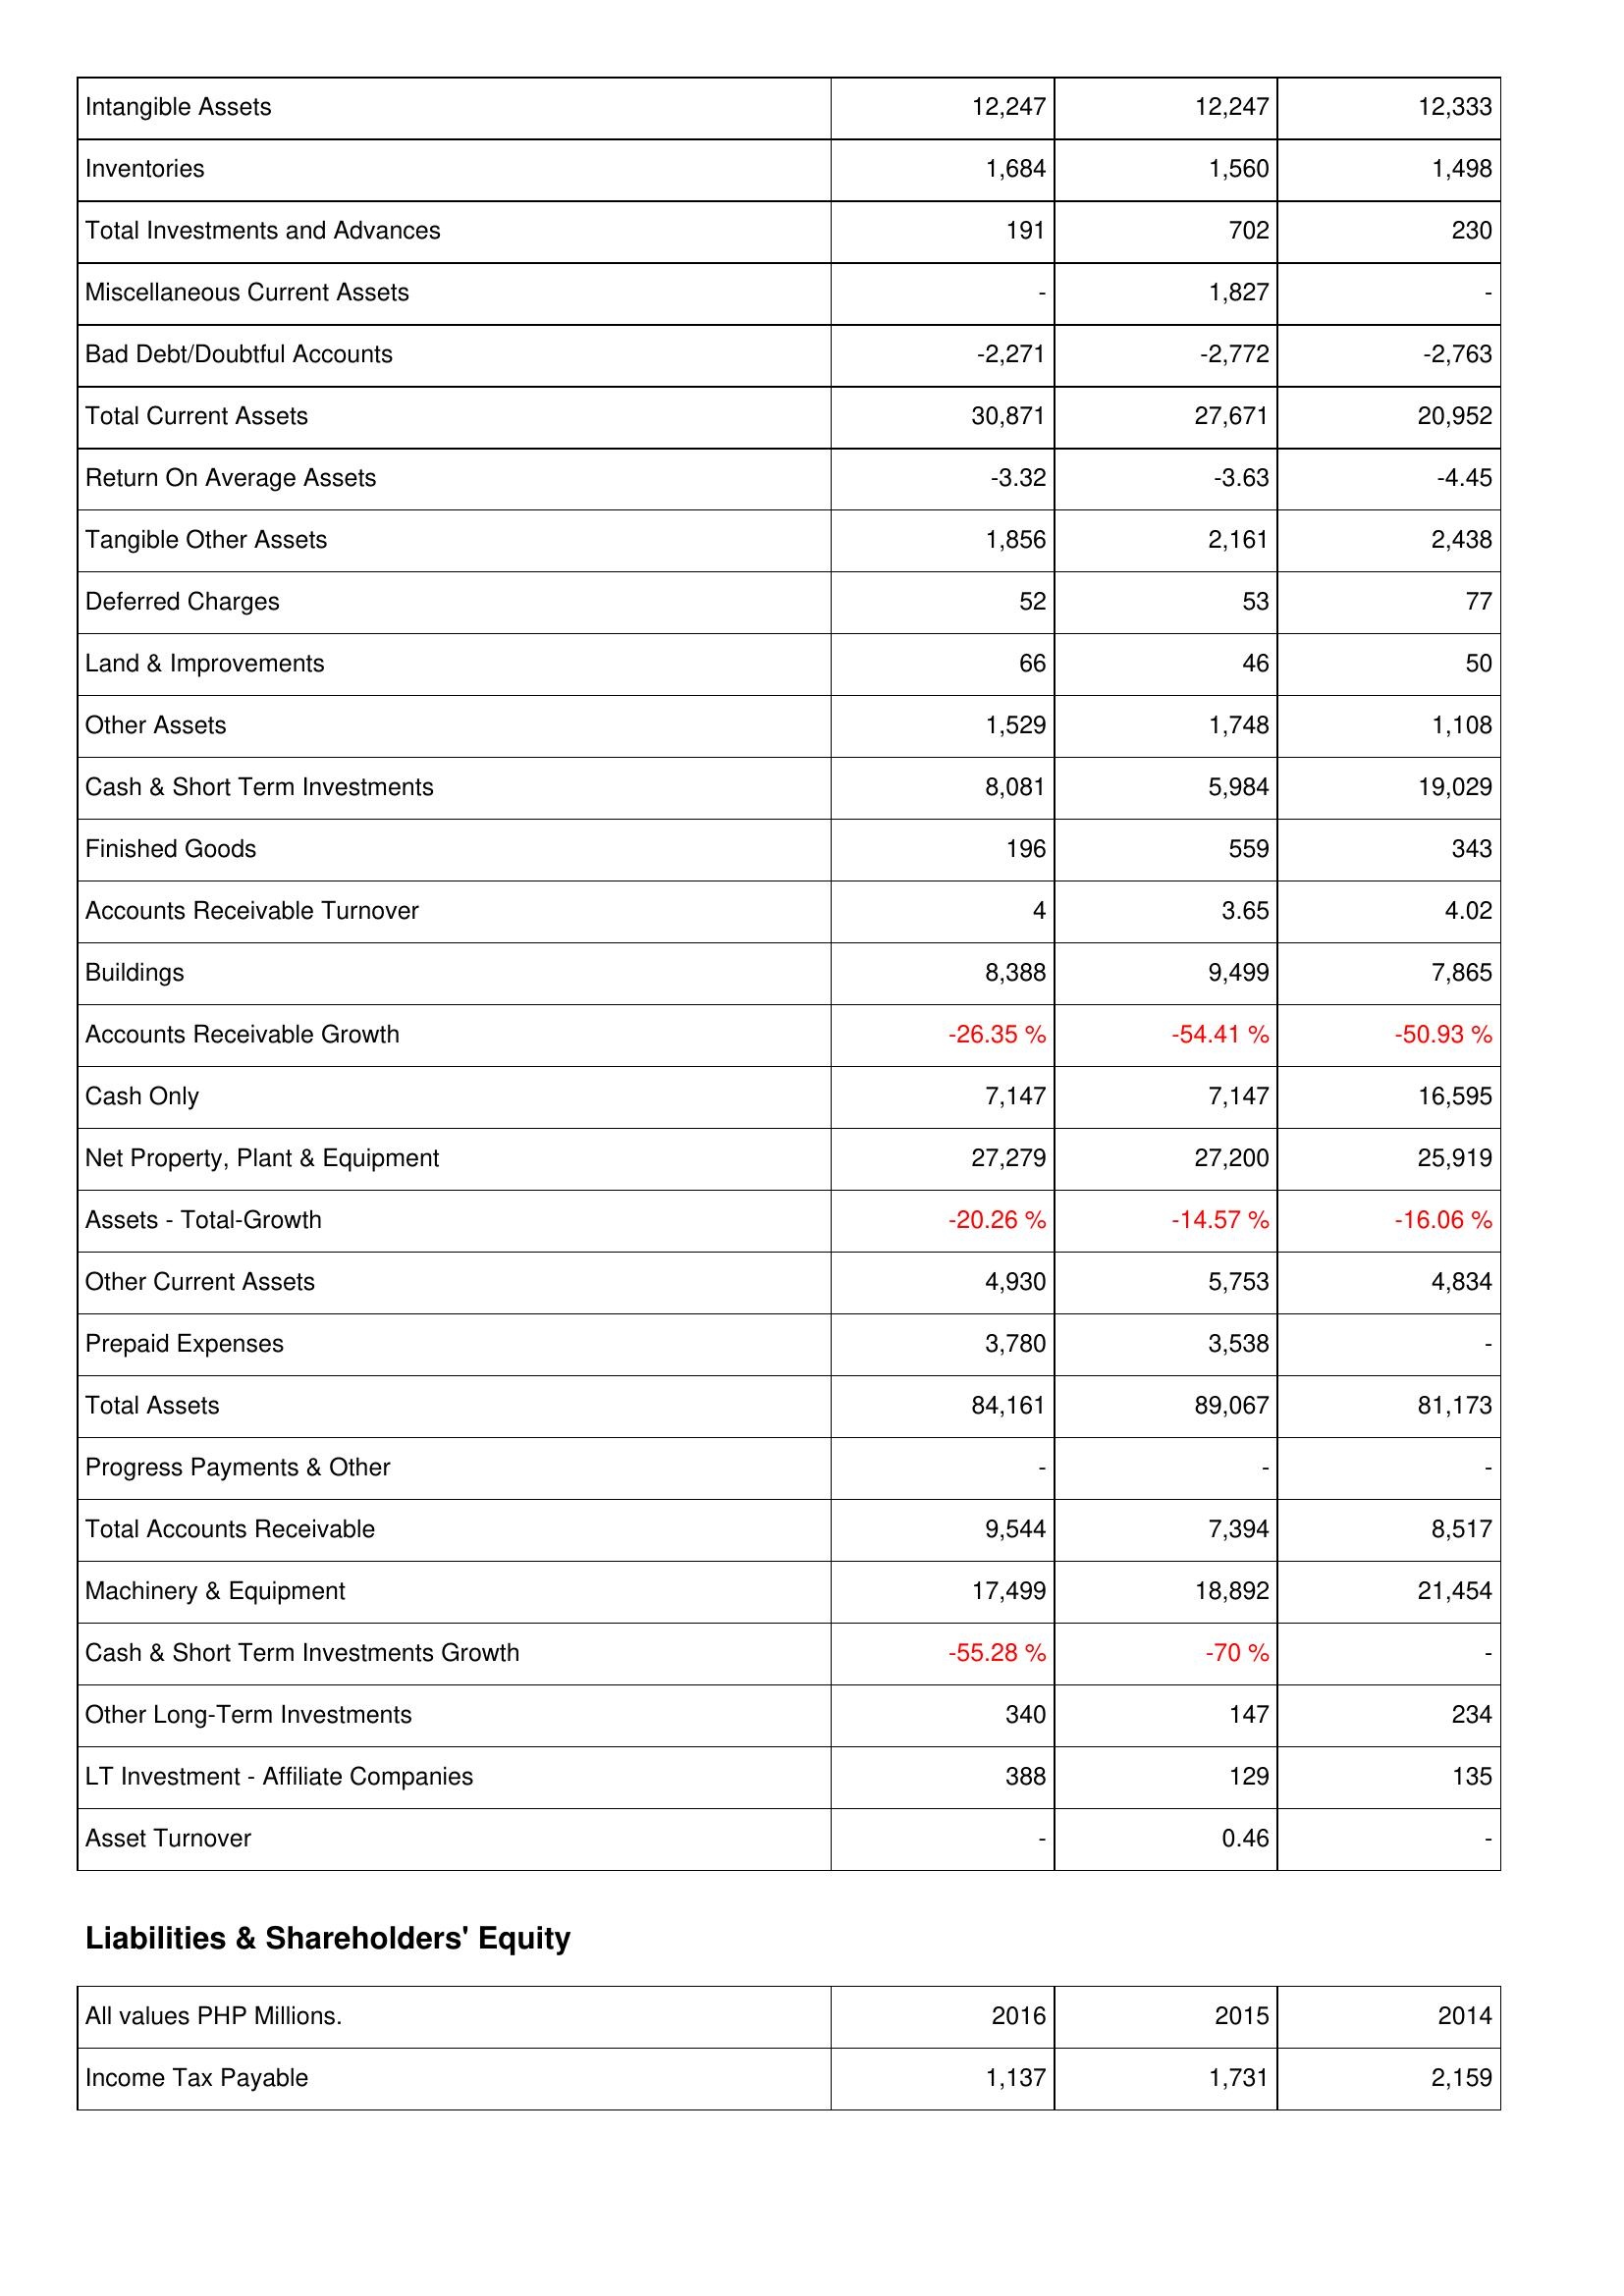
2016: Assets: Intangible Assets: 12,247
Inventories: 1,684
Total Investments and Advances: 191
Miscellaneous Current Assets: -
Bad Debt/Doubtful Accounts: -2,271
Total Current Assets: 30,871
Return On Average Assets: -3.32
Tangible Other Assets: 1,856
Deferred Charges: 52
Land & Improvements: 66
Other Assets: 1,529
Cash & Short Term Investments: 8,081
Finished Goods: 196
Accounts Receivable Turnover: 4
Buildings: 8,388
Accounts Receivable Growth: -26.35 %
Cash Only: 7,147
Net Property, Plant & Equipment: 27,279
Assets - Total-Growth: -20.26 %
Other Current Assets: 4,930
Prepaid Expenses: 3,780
Total Assets: 84,161
Progress Payments & Other: -
Total Accounts Receivable: 9,544
Machinery & Equipment: 17,499
Cash & Short Term Investments Growth: -55.28 %
Other Long-Term Investments: 340
LT Investment - Affiliate Companies: 388
Asset Turnover: -
Liabilities & Shareholders' Equity: Income Tax Payable: 1,137
2015: Assets: Intangible Assets: 12,247
Inventories: 1,560
Total Investments and Advances: 702
Miscellaneous Current Assets: 1,827
Bad Debt/Doubtful Accounts: -2,772
Total Current Assets: 27,671
Return On Average Assets: -3.63
Tangible Other Assets: 2,161
Deferred Charges: 53
Land & Improvements: 46
Other Assets: 1,748
Cash & Short Term Investments: 5,984
Finished Goods: 559
Accounts Receivable Turnover: 3.65
Buildings: 9,499
Accounts Receivable Growth: -54.41 %
Cash Only: 7,147
Net Property, Plant & Equipment: 27,200
Assets - Total-Growth: -14.57 %
Other Current Assets: 5,753
Prepaid Expenses: 3,538
Total Assets: 89,067
Progress Payments & Other: -
Total Accounts Receivable: 7,394
Machinery & Equipment: 18,892
Cash & Short Term Investments Growth: -70 %
Other Long-Term Investments: 147
LT Investment - Affiliate Companies: 129
Asset Turnover: 0.46
Liabilities & Shareholders' Equity: Income Tax Payable: 1,731
2014: Assets: Intangible Assets: 12,333
Inventories: 1,498
Total Investments and Advances: 230
Miscellaneous Current Assets: -
Bad Debt/Doubtful Accounts: -2,763
Total Current Assets: 20,952
Return On Average Assets: -4.45
Tangible Other Assets: 2,438
Deferred Charges: 77
Land & Improvements: 50
Other Assets: 1,108
Cash & Short Term Investments: 19,029
Finished Goods: 343
Accounts Receivable Turnover: 4.02
Buildings: 7,865
Accounts Receivable Growth: -50.93 %
Cash Only: 16,595
Net Property, Plant & Equipment: 25,919
Assets - Total-Growth: -16.06 %
Other Current Assets: 4,834
Prepaid Expenses: -
Total Assets: 81,173
Progress Payments & Other: -
Total Accounts Receivable: 8,517
Machinery & Equipment: 21,454
Cash & Short Term Investments Growth: -
Other Long-Term Investments: 234
LT Investment - Affiliate Companies: 135
Asset Turnover: -
Liabilities & Shareholders' Equity: Income Tax Payable: 2,159